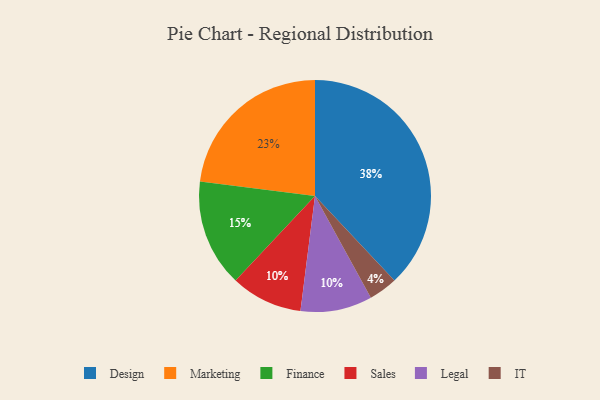
{"axis": {"x": "Category", "y": "Percentage"}, "legend": ["Design", "Finance", "IT", "Legal", "Marketing", "Sales"], "data": [{"x": "Sales", "y": 10, "type": "Sales"}, {"x": "Finance", "y": 15, "type": "Finance"}, {"x": "Design", "y": 38, "type": "Design"}, {"x": "IT", "y": 4, "type": "IT"}, {"x": "Marketing", "y": 23, "type": "Marketing"}, {"x": "Legal", "y": 10, "type": "Legal"}]}